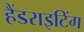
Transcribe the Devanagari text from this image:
हैंडराइटिंग